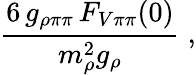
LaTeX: \frac{6\, g_{\rho\pi\pi}\, F_{V\pi\pi}(0)}{m_{\rho}^{2}g_{\rho}}\; ,